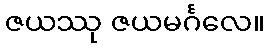
ဇယဿု ဇယမင်္ဂလေ။